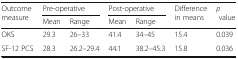
| <ROWSPAN=2> Outcome measure | <COLSPAN=2> Pre-operative | <COLSPAN=2> Post-operative | <ROWSPAN=2> Difference in means | <ROWSPAN=2> p value |
 | Mean | Range | Mean | Range |
 | --- | --- | --- | --- | --- | --- | --- |
 | OKS | 29.3 | 26–33 | 41.4 | 34–45 | 15.4 | 0.039 |
 | SF-12 PCS | 28.3 | 26.2–29.4 | 44.1 | 38.2–45.3 | 15.8 | 0.036 |